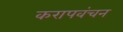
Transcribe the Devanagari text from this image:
करापवंचन